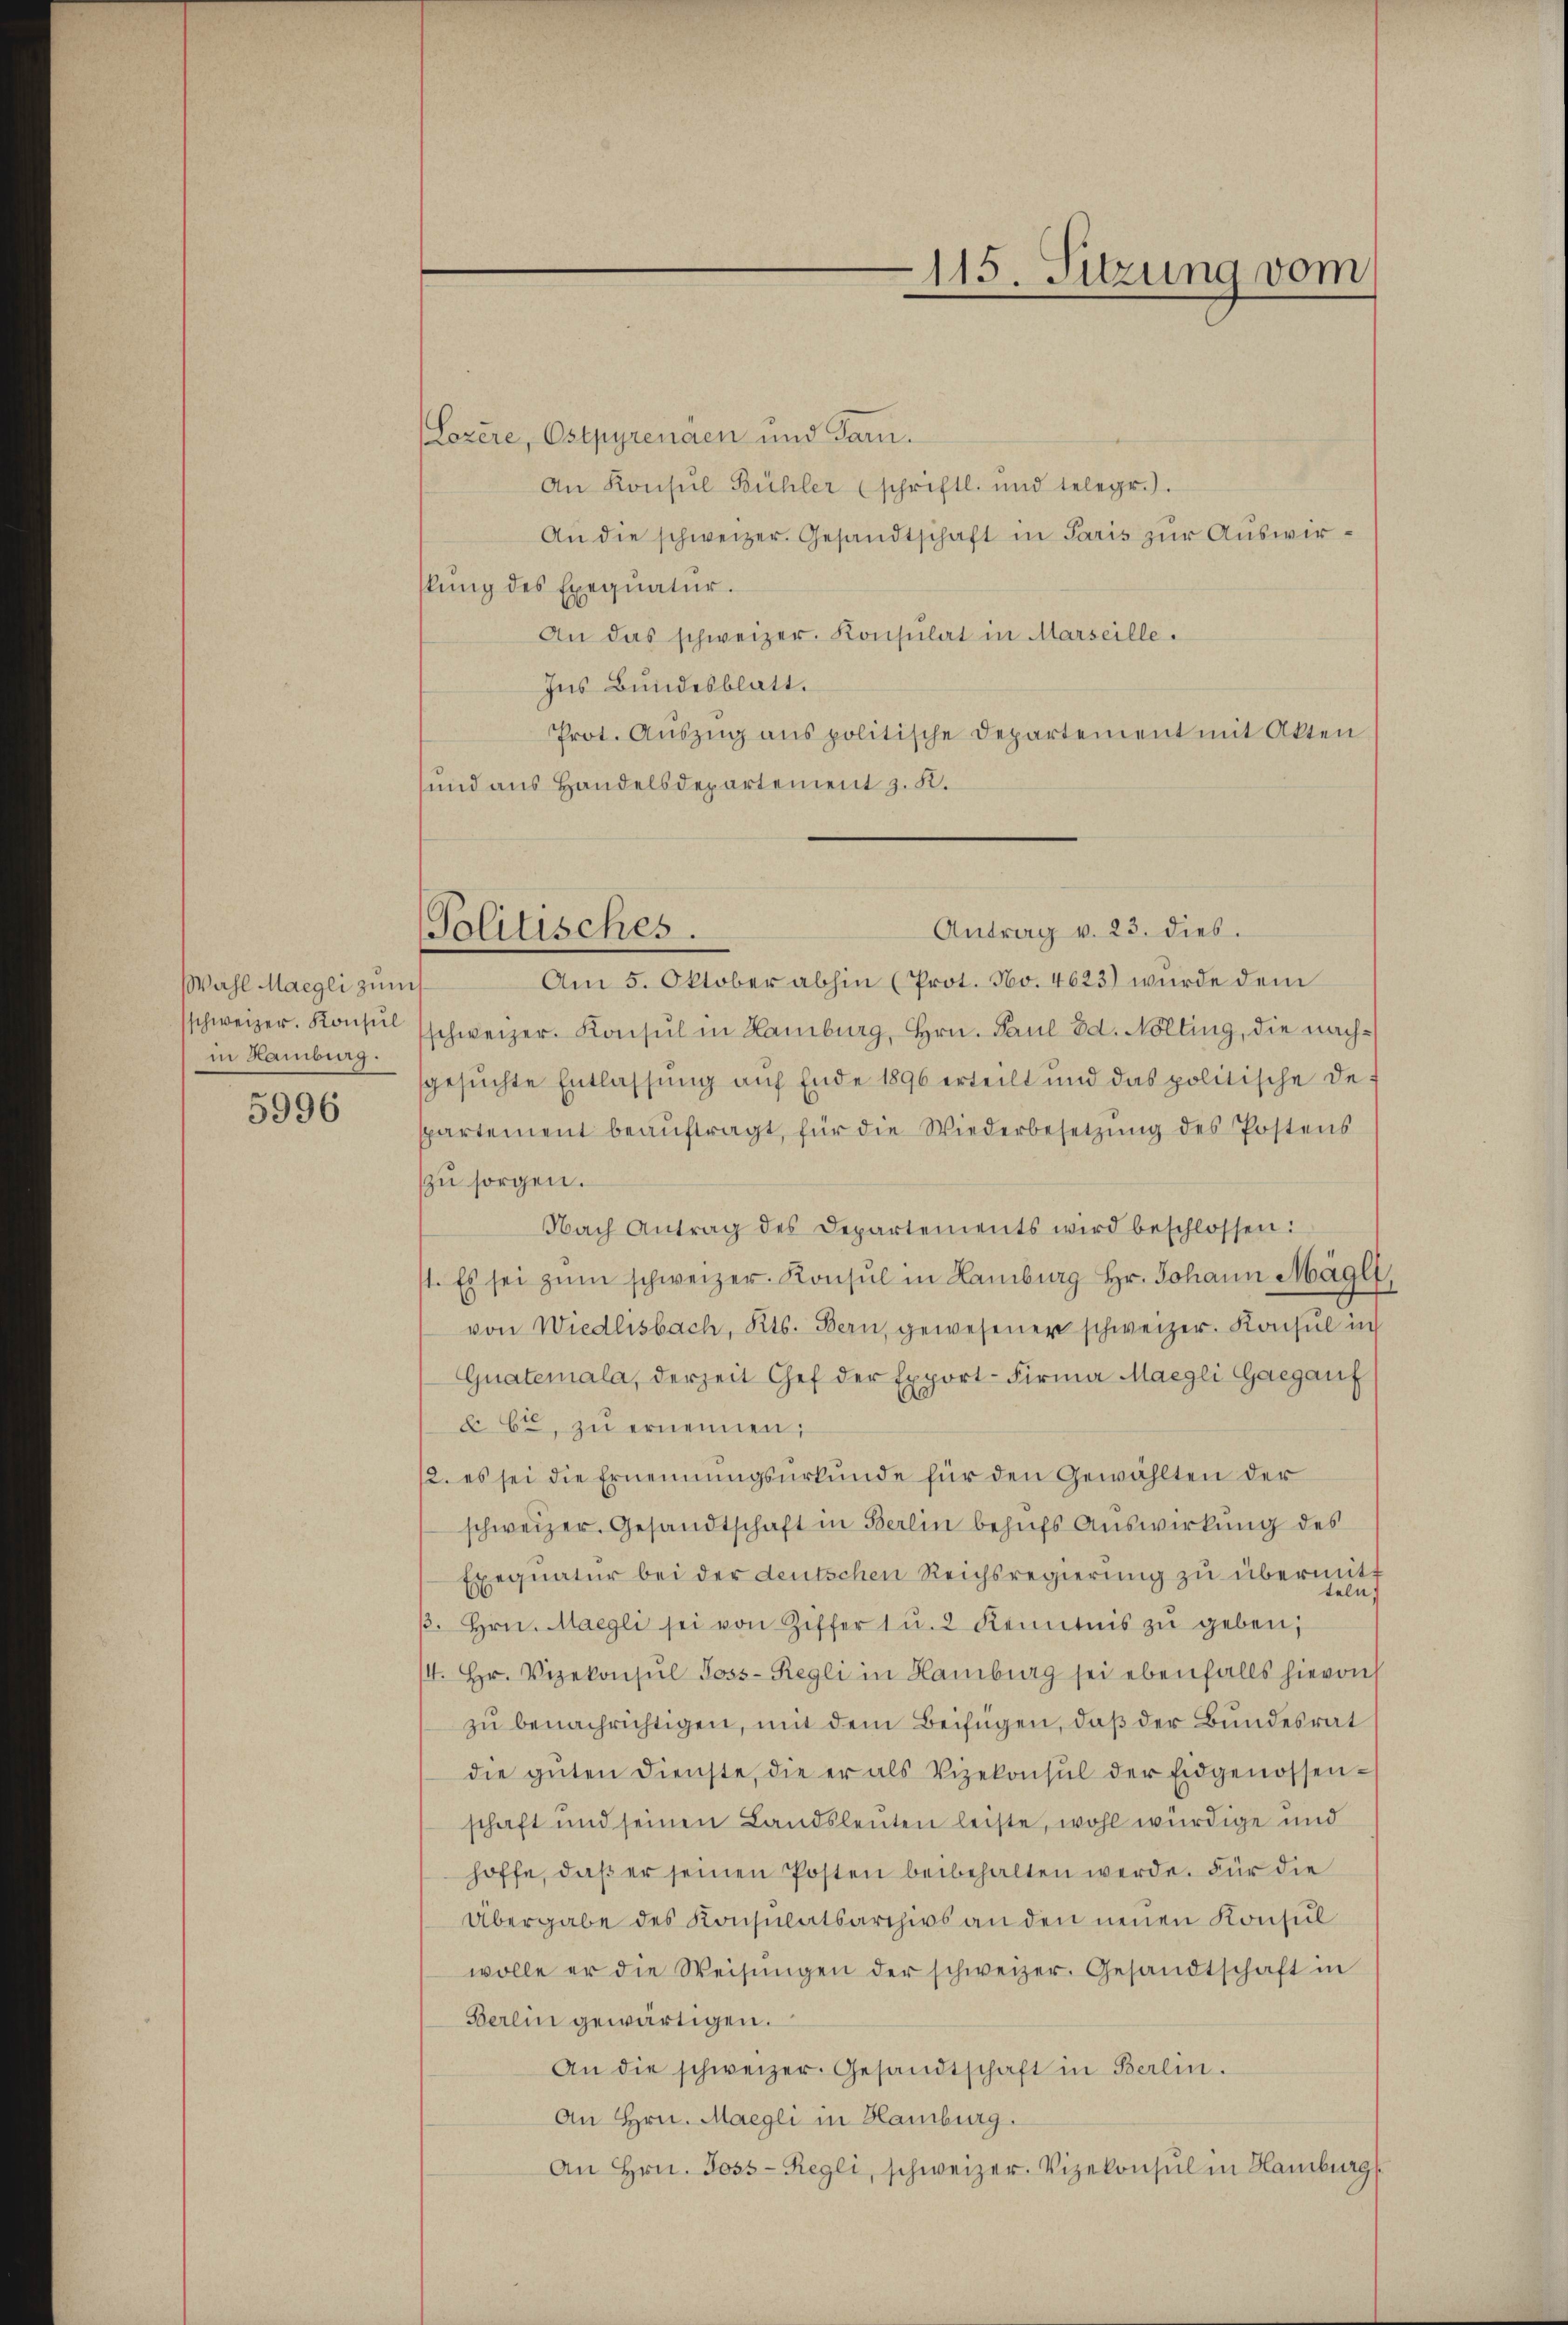
Wahl Maegli zum
schweizer. Konsul
in Hamburg.

5996

Lozere, Ostpyrenaen und Tarn.
An Konsul Bühler (schriftl. und telegr.).
An die schweizer. Gesandtschaft in Paris zur Auswirlŭng des Exequatur.
An das schweizer. Konsulat in Marseille.
Ins Bundesblatt.
Prot. Auszug aus politische Departement mit Akten
und aus Handelsdepartement z. K.
Am 5. Oktober abhin (Prot. No. 4623) wurde dem
schweizer. Konsul in Hamburg, Hrn. Paul od. Nölting, die nachgesuchte Entlassung auf Ende 1896 erteilt und das politische de
spartement beaŭftragt, für die Wiederbesetzŭng des Postens
zu sorgen.
Nach Antrag des Departements wird beschlossen:
1. Es sei zŭm schweizer. Konsul in Lamburg Hr. Johann Mägli
von Wiedlisbach, Kts. Bern, gewesener schweizer. Konsul in
Guatemala, derzeit Chef der Export- Firma Maegli Gaegauf
x. Ce zŭ ernennen;
2. es sei die Ernennungsurkunde für den Gewählten der
schweizer. Gesandtschaft in Berlin behŭfs Auswirkung des
Exequatur bei der deutschen Reichsregierung zu übermitt
teln
β. Hrn. Maegli sei von Ziffer 1 u. 2 Kenntnis zŭ geben,
4. Hr. Vizekonsul Joss-Regli in Hamburg sei ebenfalls hievon
zu benachrichtigen, mit dem Beifügen, daß der Bundesrat
die gŭten Dienste, die er als Vizekonsul der Eidgenossen-
schaft und seinen Landsleuten leiste, wohl würdige und
hoffe, daβ er seinen Posten beibehalten werde. Für die
Übergabe des Konsulatsarchivs an den neuen Konsul
wolle er die Weisŭngen der schweizer. Gesandtschaft in
Berlin gewärtigen.
An die schweizer. Gesandtschaft in Berlin.
An Hrn. Maegli in Hamburg.
An Hrn. Joss-Regli, schweizer. Vizekonsul in Hamburg

115. Sitzung vom

Antrag v. 23. dies.
Politisches.